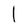
Character: l